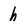
Character: h